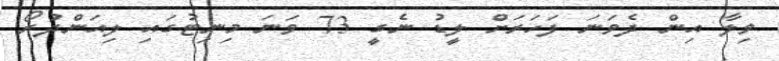
ވިލާ އިން ދެވަނަ ފަހަރަށް ލީޑު ނެގީ 73 ވަނަ މިނިޓުގައި ލިއަންދުރޯ